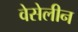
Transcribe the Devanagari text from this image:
वेसेलीन